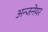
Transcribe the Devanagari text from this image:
अन्जनेयर